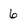
Character: 6